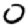
Digit: 0